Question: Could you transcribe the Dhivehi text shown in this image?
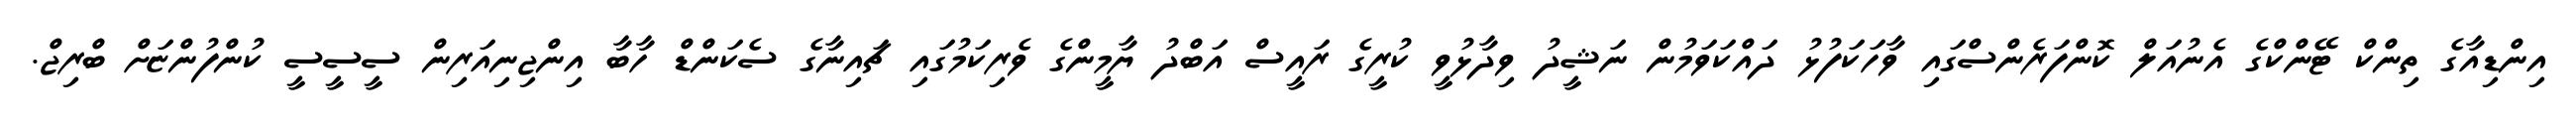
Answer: އިންޑިއާގެ ތިންކް ޓޭންކްގެ އެނުއަލް ކޮންފަރެންސްގައި ވާހަކަފުޅު ދައްކަވަމުން ނަޝީދު ވިދާޅުވީ ކުރީގެ ރައީސް އަބްދު ޔާމީންގެ ވެރިކަމުގައި ޗައިނާގެ ސެކަންޑް ހާބާ އިންޖިނިއަރިން ސީސީސީ ކުންފުންޏަށް ބްރިޖް.